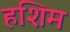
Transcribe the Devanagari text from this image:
हशिम